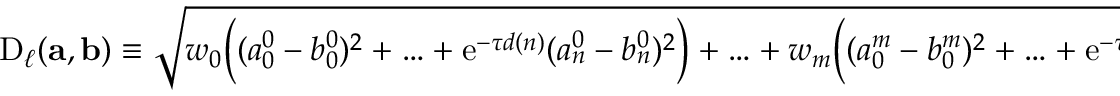
\begin{array} { r } { \mathrm { D } _ { \ell } ( \mathbf { a } , \mathbf { b } ) \equiv \sqrt { w _ { 0 } \biggl ( ( a _ { 0 } ^ { 0 } - b _ { 0 } ^ { 0 } ) ^ { 2 } + \ldots + \mathrm { e } ^ { - \tau d ( n ) } ( a _ { n } ^ { 0 } - b _ { n } ^ { 0 } ) ^ { 2 } \biggr ) + \ldots + w _ { m } \biggl ( ( a _ { 0 } ^ { m } - b _ { 0 } ^ { m } ) ^ { 2 } + \ldots + \mathrm { e } ^ { - \tau d ( n ) } ( a _ { n } ^ { m } - b _ { n } ^ { m } ) ^ { 2 } \biggr ) } ~ . } \end{array}